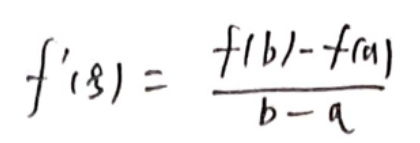
\[
f^{\prime}(\xi)=\frac{f(b)-f(a)}{b - a}
\]